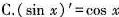
C.(\sin x)^{\prime}=\cos x